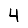
Digit: 4